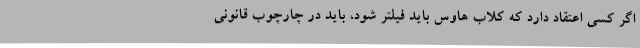
اگر کسی اعتقاد دارد که کلاب هاوس باید فیلتر شود، باید در چارچوب قانونی